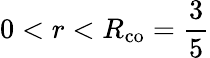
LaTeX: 0<r<R_{\mathrm{co}}=\frac{3}{5}